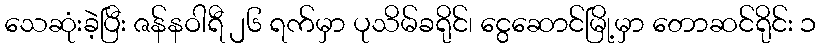
သေဆုံးခဲ့ပြီး ဇန်နဝါရီ ၂၆ ရက်မှာ ပုသိမ်ခရိုင်၊ ငွေဆောင်မြို့မှာ တောဆင်ရိုင်း ၁